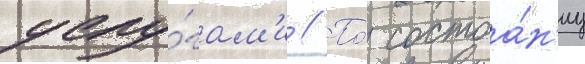
услу́гам'и // По́ состоа́н'иу